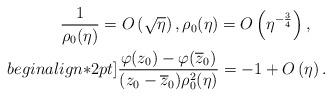
LaTeX: \begin{align*} \frac{1}{\rho_0(\eta)}=O\left(\sqrt\eta\right), \rho_0(\eta) = O\left(\eta^{-\frac34}\right), \quad\\begin{align*}2pt] \frac{\varphi(z_0) - \varphi(\overline z_0)}{(z_0 - \overline z_0)\rho_0^2(\eta)} =-1 + O\left(\eta\right). \end{align*}